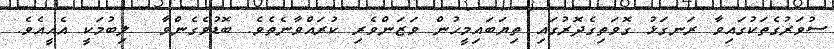
ސުވަރުގެތަކުގައިވާ ރަނގަޅު ގޮވަތިގެދޮރުގައި ތިޔަބައިމީހުން ވަޒަންވެރި ކުރައްވާނެތެވެ. ބޮޑުވެގެންވާ  ލިބުމަކީ އެއީއެވެ.